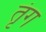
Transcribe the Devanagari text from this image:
तृंग